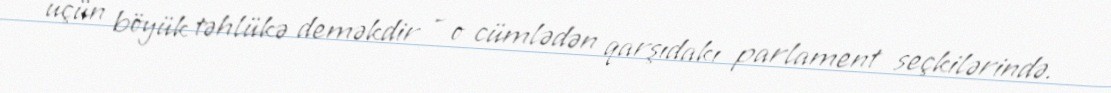
üçün böyük təhlükə deməkdir - o cümlədən qarşıdakı parlament seçkilərində.